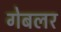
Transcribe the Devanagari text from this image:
गेबलर